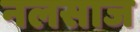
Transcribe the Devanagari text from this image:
नलसाज